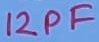
Text: 12PF